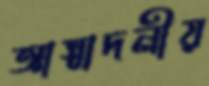
আস্বাদনীয়